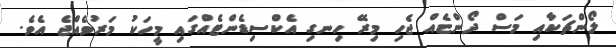
ލޯންޗަކާއި މަސް ދޯންޏެއް ޖެހި މިރޭ ހިނގި އެކްސިޑެންޓެއްގައި މީހަކު މަރުވެއްޖެ އެވެ.